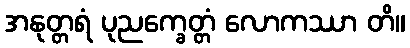
အနုတ္တရံ ပုညက္ခေတ္တံ လောကဿာ တိ။